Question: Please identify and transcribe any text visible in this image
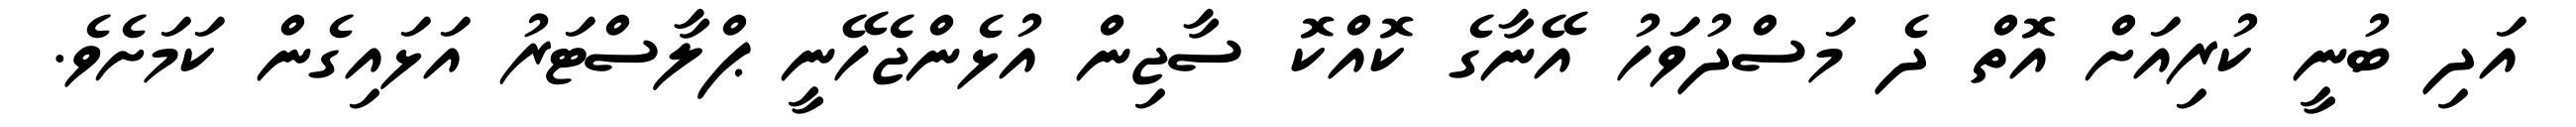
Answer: އަދި ބުނީ ކުރިއަށް އޮތް ދެ މަސްދުވަހު އޭނާގެ ކޮއްކޮ ސާޖިން އުޅެންޖެހޭނީ ޕްލާސްޓަރު އަޅައިގެން ކަމަށެވެ.